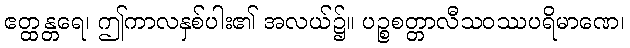
ဧတ္ထန္တရေ၊ ဤကာလနှစ်ပါး၏ အလယ်၌။ ပဉ္စစတ္တာလီသဝဿပရိမာဏေ၊